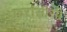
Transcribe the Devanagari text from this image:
फरांसीसी